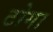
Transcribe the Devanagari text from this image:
टोगा